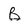
Character: B